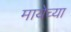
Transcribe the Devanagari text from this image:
मायेच्या